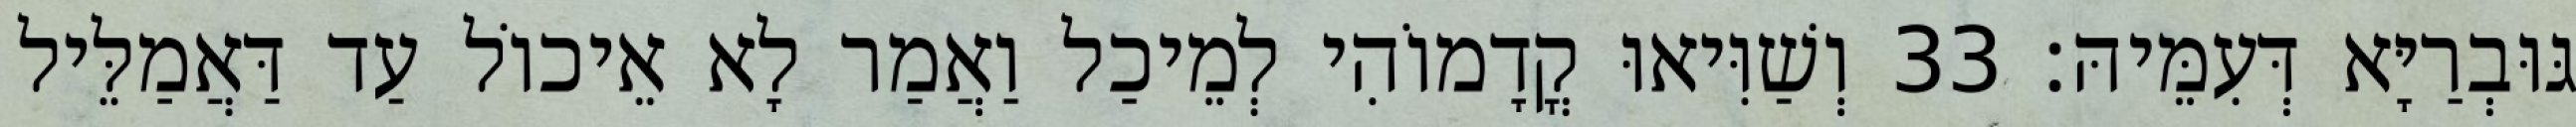
גּוּבְרַיָּא דְּעִמֵּיהּ׃ 33 וְשַׁוִּיאוּ קֳדָמוֹהִי לְמֵיכַל וַאֲמַר לָא אֵיכוֹל עַד דַּאֲמַלֵּיל